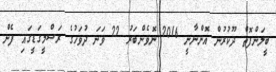
ބީލަންފޮތް ދޫކުރުން އޮންނާނީ 2016 ނޮވެންބަރު 22 ވަނަ ދުވަހުގެ ރަސްމީގަޑީގައި ފެން